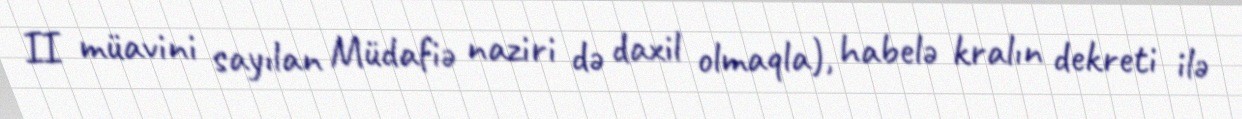
II müavini sayılan Müdafiə naziri də daxil olmaqla), habelə kralın dekreti ilə